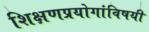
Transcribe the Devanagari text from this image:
शिक्षणप्रयोगांविषयी